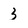
Character: 3